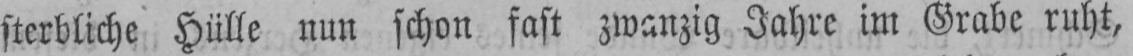
sterbliche Hülle nun schon fast zwanzig Jahre im Grabe ruht,